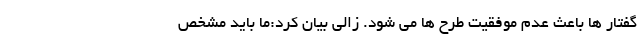
گفتار ها باعث عدم موفقیت طرح ها می شود. زالی بیان کرد:ما باید مشخص